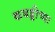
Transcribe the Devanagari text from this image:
कबड्डीच्या